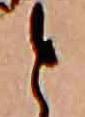
と